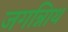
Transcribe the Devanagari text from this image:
जगन्नािथ